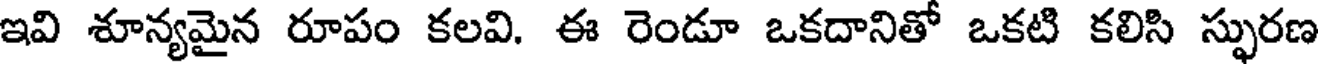
ఇవి శూన్యమైన రూపం కలవి. ఈ రెండూ ఒకదానితో ఒకటి కలిసి స్ఫురణ